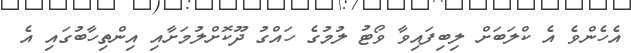
އެހެންވެ އެ ކްލަބަށް ލިބިފައިވާ ވޯޓު ލުމުގެ ހައްގު ދޫކޮށްލުމަށާއި އިންތިހާބުގައި އެ